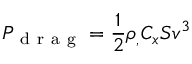
P _ { \mathrm { ~ d ~ r ~ a ~ g ~ } } = \frac { 1 } { 2 } \rho _ { , } C _ { x } S v ^ { 3 }